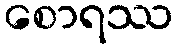
စောရဿ